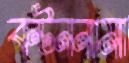
বণ্টননামা